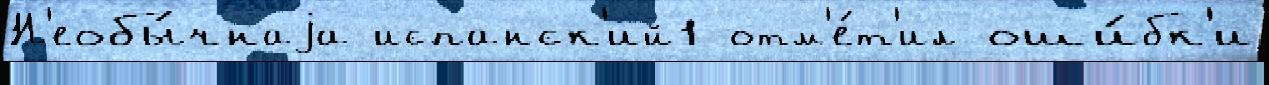
Н'еобы́чнаjа испанск'ий1 отм'е́т'ил оши́бк'и